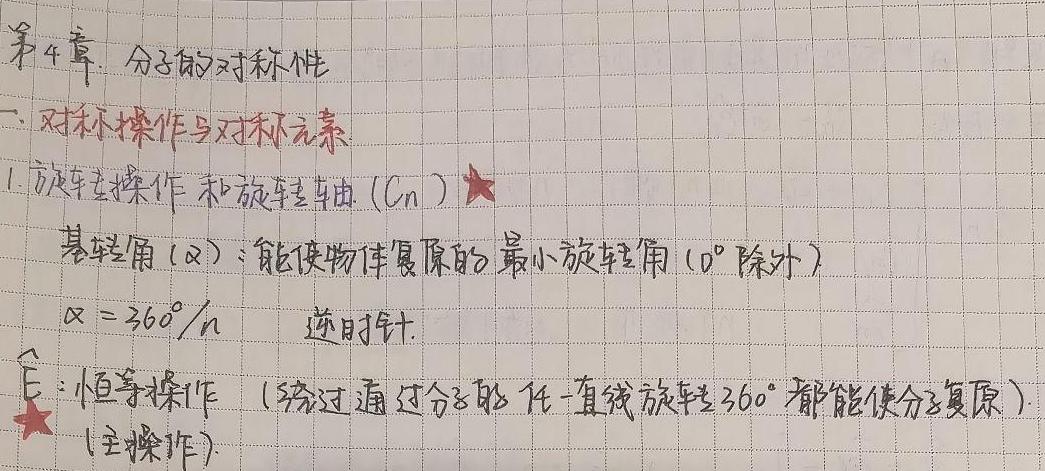
第4章. 分子的对称性
一、对称操作与对称元素
1. 旋转操作和旋转轴 ($C_n$) ★
基转角 ($\alpha$)：能使物体复原的最小旋转角 ($0^{\circ}$ 除外)
$\alpha = 360^{\circ}/n$  逆时针
$\hat{E}$：恒等操作 (绕过通过分子的任一直线旋转 $360^{\circ}$ 都能使分子复原) (主操作)